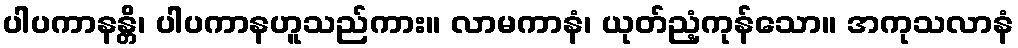
ပါပကာနန္တိ၊ ပါပကာနဟူသည်ကား။ လာမကာနံ၊ ယုတ်ညံ့ကုန်သော။ အကုသလာနံ